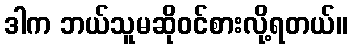
ဒါက ဘယ်သူမဆိုဝင်စားလို့ရတယ်။